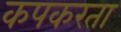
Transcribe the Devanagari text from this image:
कपकरता